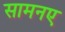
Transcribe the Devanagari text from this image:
सामनए